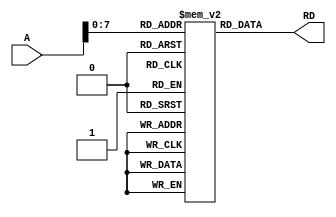
module instruction_memory(
input [31:0]A,
output reg[31:0]RD

    );
    reg [31:0]mem[255:0];
    always @(*)
    begin
    RD=mem[A];
    end
endmodule